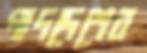
পাদদেশের